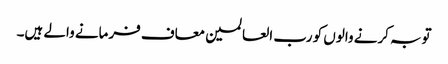
توبہ کرنے والوں کو رب العالمین معاف فرمانے والے ہیں۔